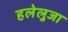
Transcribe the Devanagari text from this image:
हलेलुजा